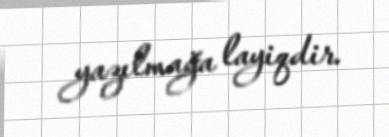
yazılmağa layiqdir.